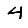
Digit: 4